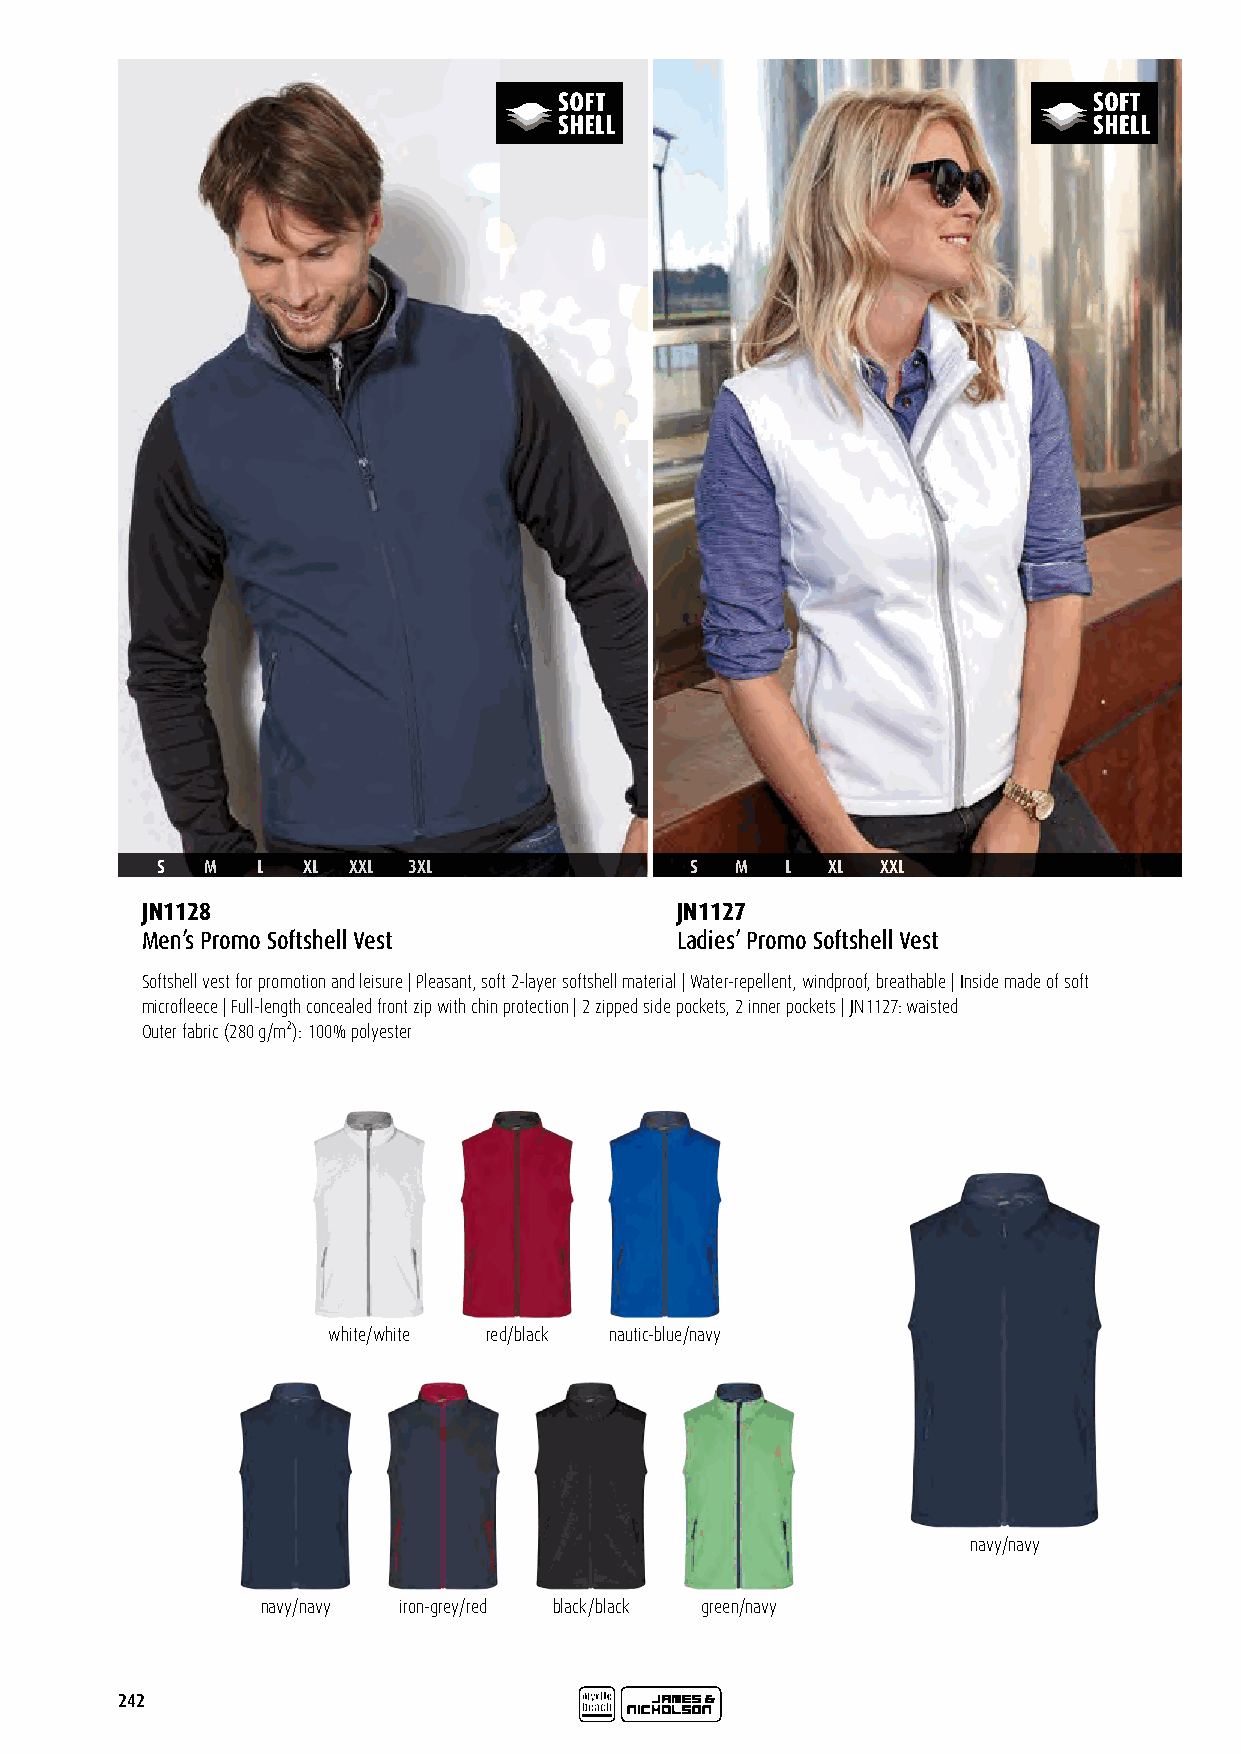
S   M  L  XL XXL 3XL                S  M  L  XL XXL
 JN1128                              JN1127
 Men’s Promo Softshell Vest          Ladies’ Promo Softshell Vest
 Softshell vest for promotion and leisure | Pleasant, soft 2-layer softshell material | Water-repellent, windproof, breathable | Inside made of soft
 microfleece | Full-length concealed front zip with chin protection | 2 zipped side pockets, 2 inner pockets | JN1127: waisted
 Outer fabric (280 g/m²): 100% polyester
 white/white red/black nautic-blue/navy
 navy/navy
 navy/navy iron-grey/red black/black green/navy
 242